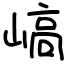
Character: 嵪